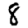
Digit: 8